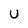
Character: U